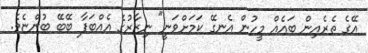
އޭގެ ތެރެއިން ބައެއް މީހުން އެނގޭ ކަމަށްވަނީ" ނިޒާރުގެ އެއްބަފާ ބޭބޭ ބުންޏެވެ.